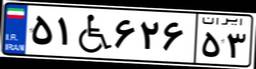
۵۱W۶۲۶۵۳